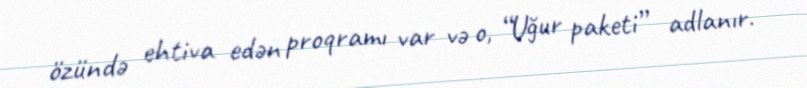
özündə ehtiva edən proqramı var və o, “Uğur paketi” adlanır.